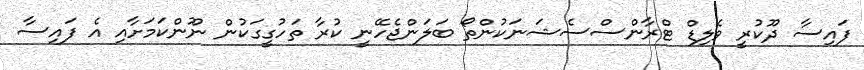
ފައިސާ ދޫކުރީ ވެލިޑް ޓްރާންސްސެޝަނަކުންތޯ ބަލަންޖެހޭނީ ކުރާ ތަހުގީގަކުން ނޫންކަމަށާއި އެ ފައިސާ